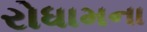
રોધામના